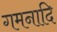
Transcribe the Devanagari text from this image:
गमनादि